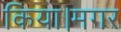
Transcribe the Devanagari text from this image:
किया।मगर